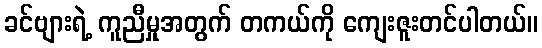
ခင်ဗျားရဲ့ ကူညီမှုအတွက် တကယ်ကို ကျေးဇူးတင်ပါတယ်။